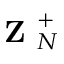
\textbf { Z } _ { N } ^ { + }